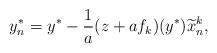
LaTeX: \begin{align*} y_n^* = y^* - \frac{1}{a} (z+af_k)(y^*) \widetilde{x}^k_n, \end{align*}